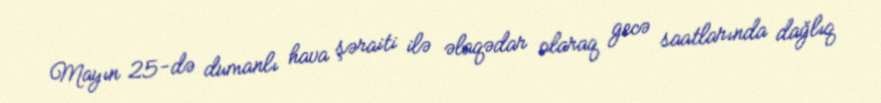
Mayın 25-də dumanlı hava şəraiti ilə əlaqədar olaraq gecə saatlarında dağlıq